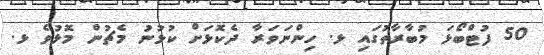
50 ފުޓްބޯޅަ މުބާރާތުގައި ޅ. ހިންނަވަރާ ދެކޮޅަށް ކުޅުނު މެޗުން މޮޅުވެ ޅ.